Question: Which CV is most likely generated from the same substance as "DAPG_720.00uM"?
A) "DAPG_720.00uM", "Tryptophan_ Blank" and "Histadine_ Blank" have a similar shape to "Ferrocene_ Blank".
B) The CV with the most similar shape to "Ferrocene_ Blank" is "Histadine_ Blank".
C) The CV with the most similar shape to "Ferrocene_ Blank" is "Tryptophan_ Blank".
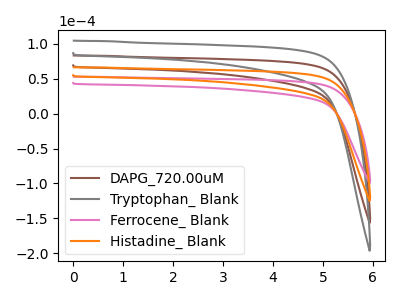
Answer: <think>The brown curve "DAPG_720.00uM" has no peaks. The gray curve "Tryptophan_ Blank" has no peaks. The pink curve "Ferrocene_ Blank" has no peaks. The orange curve "Histadine_ Blank" has no peaks.
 Neither "DAPG_720.00uM" or "Tryptophan_ Blank" have any peaks. Neither "DAPG_720.00uM" or "Ferrocene_ Blank" have any peaks. Neither "DAPG_720.00uM" or "Histadine_ Blank" have any peaks. Neither "Tryptophan_ Blank" or "Ferrocene_ Blank" have any peaks. Neither "Tryptophan_ Blank" or "Histadine_ Blank" have any peaks. Neither "Ferrocene_ Blank" or "Histadine_ Blank" have any peaks.</think>
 <answer>A) "DAPG_720.00uM", "Tryptophan_ Blank" and "Histadine_ Blank" have a similar shape to "Ferrocene_ Blank".</answer>
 <eval>A</eval>